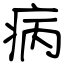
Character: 病